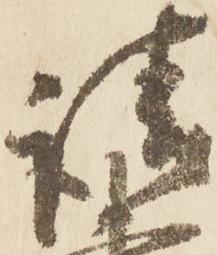
請